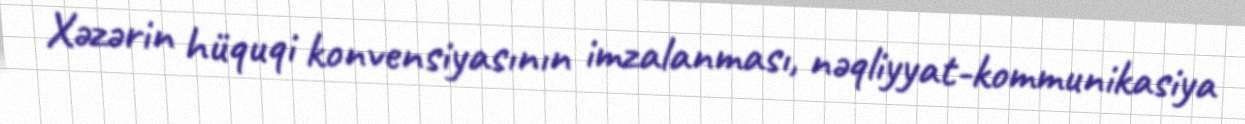
Xəzərin hüquqi konvensiyasının imzalanması, nəqliyyat-kommunikasiya